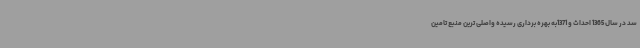
سد در سال 1365 احداث و 1371به بهره برداری رسیده واصلی ترین منبع تامین